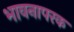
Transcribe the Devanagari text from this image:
भावनापरक